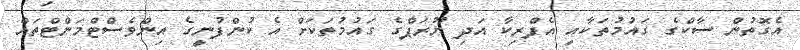
އެގޮތުން ސާކްގެ ގައުމުތަކާއި އެފްރިކާ އަދި ޔޫރަޕްގެ ގައުމުތަކަށް އެ ކުންފުނީގެ އިންވެސްޓްމަންޓްތައް